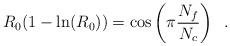
LaTeX: \begin{align*}R_0 (1- \ln(R_0)) = \cos \left( \pi \frac{N_f}{N_c} \right) \;\;.\end{align*}